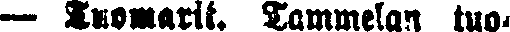
— Tuomarit. Tammelan tuo-